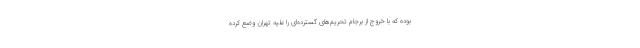
بوده که با خروج از برجام تحریم‌های گسترده‌ای را علیه تهران وضع کرده